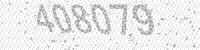
Solution: 408079